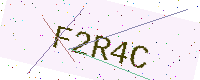
Text: F2R4C